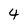
Character: 4